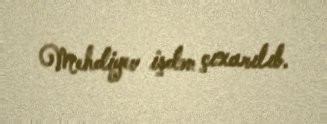
Mehdiyev işdən çıxarılıb.